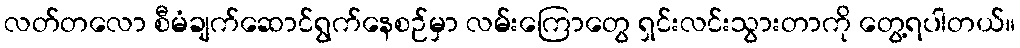
လတ်တလော စီမံချက်ဆောင်ရွက်နေစဉ်မှာ လမ်းကြောတွေ ရှင်းလင်းသွားတာကို တွေ့ရပါတယ်။